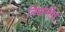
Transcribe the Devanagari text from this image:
निर्मानीत